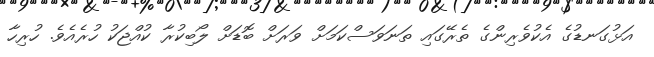
އަޅުގަނޑުގެ އެކުވެރިންގެ ތެރޭގައި ތަނަވަސްކަމަށް ވަރަށް ބޮޑަށް ލޯބިކުރާ ކުއްޖަކު ހުރެއެވެ. ހުރިހާ